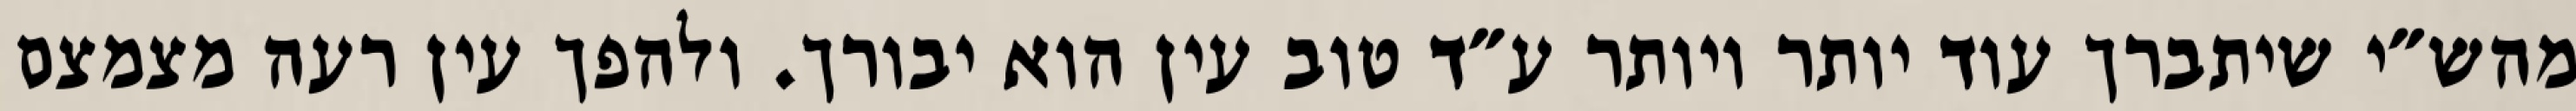
מהש״י שיתברך עוד יותר ויותר ע״ד טוב עין הוא יבורך. ולהפך עין רעה מצמצם